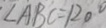
\angle A B C = 1 2 0 ^ { \circ }